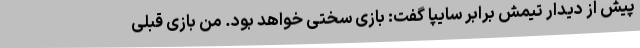
پیش از دیدار تیمش برابر سایپا گفت: بازی سختی خواهد بود. من بازی قبلی